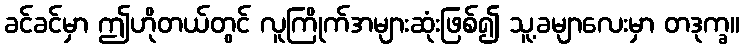
ခင်ခင်မှာ ဤဟိုတယ်တွင် လူကြိုက်အများဆုံးဖြစ်၍ သူ့ခမျာလေးမှာ တဒုက္ခ။